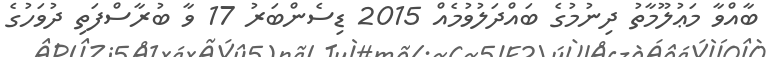
ބާއްވާ މަޢުލޫމާތު ދިނުމުގެ ބައްދަލުވުމެއް 2015 ޑިސެންބަރު 17 ވާ ބުރާސްފަތި ދުވަހުގެ